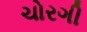
ચોરગી